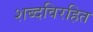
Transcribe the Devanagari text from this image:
शब्दविरहित